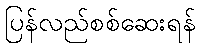
ပြန်လည်စစ်ဆေးရန်